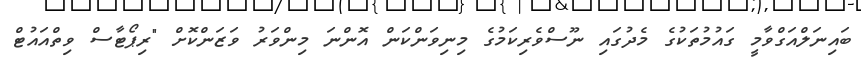
ބައިނަލްއަގްވާމީ ގައުމުތަކުގެ މެދުގައި ނޫސްވެރިކަމުގެ މިނިވަންކަން އޮންނަ މިންވަރު ވަޒަންކޮށް "ރިޕޯޓާސް ވިތްއައުޓް